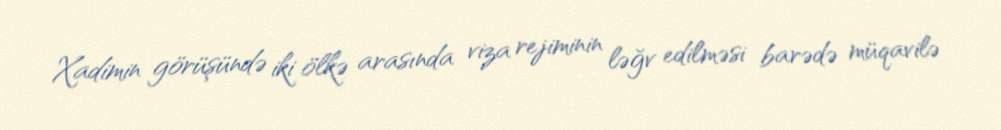
Xadimin görüşündə iki ölkə arasında viza rejiminin ləğv edilməsi barədə müqavilə